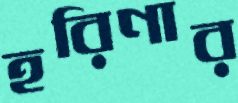
হরিণার